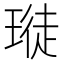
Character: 𪼊